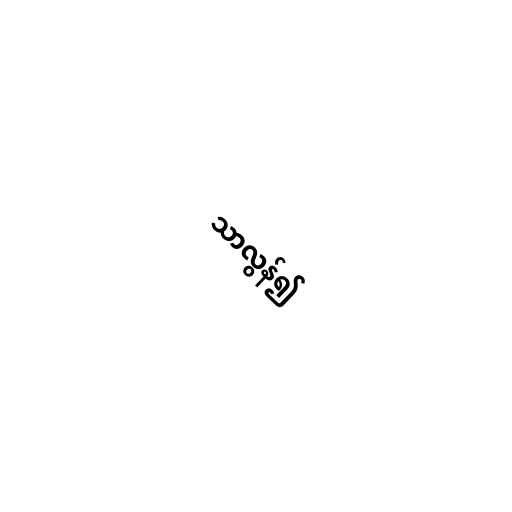
သာလွန်၍